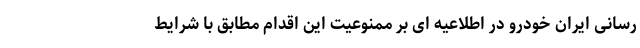
رسانی ایران خودرو در اطلاعیه ای بر ممنوعیت این اقدام مطابق با شرایط